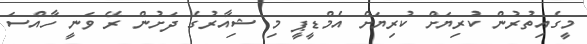
މީގެއިތުރުން ކުރިޔަށް ކުރިޔަށް އެމްޑީޕީ މި ޝިއާރުގެ ދަށުން ރޭ ވަނީ ހާއްސަ